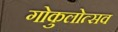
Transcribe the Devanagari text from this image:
गोकुलोत्सव